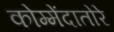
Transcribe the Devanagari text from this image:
कोम्मेंदातोरे